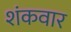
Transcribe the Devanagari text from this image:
शंकवार